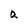
Character: a